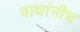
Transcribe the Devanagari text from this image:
वाघांनीच